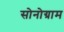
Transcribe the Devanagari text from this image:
सोनोग्राम